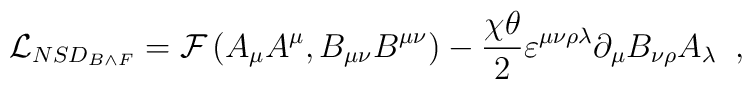
\mathcal{L}_{NSD_{B \wedge F}}=\mathcal{F}\left( A_\mu A^\mu , B_{\mu \nu} B^{\mu \nu}\right)- \frac{\chi\theta}{2}\varepsilon^{\mu \nu \rho \lambda }\partial_\mu B_{\nu \rho} A_\lambda \;\; ,